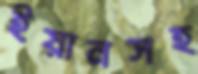
ইয়ানসহ